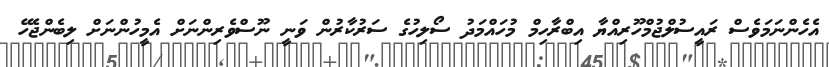
އެހެންނަމަވެސް ރައީސުލްޖުމްހޫރިއްޔާ އިބްރާހިމް މުހައްމަދު ސޯލިހުގެ ސަރުކާރުން ވަނީ ނޫސްވެރިންނަށް އެމީހުންނަށް ލިބެންޖެހޭ